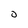
Character: 0